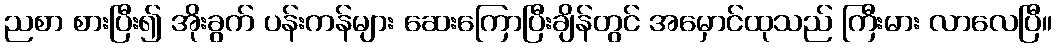
ညစာ စားပြီး၍ အိုးခွက် ပန်းကန်များ ဆေးကြောပြီးချိန်တွင် အမှောင်ထုသည် ကြီးမား လာလေပြီ။